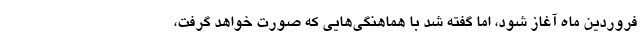
فروردین ماه آغاز شود، اما گفته شد با هماهنگی‌هایی که صورت خواهد گرفت،